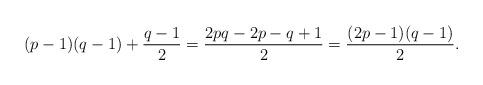
LaTeX: \begin{align*}(p-1)(q-1) +\dfrac{q-1}{2} = \dfrac{2pq-2p-q+1}{2} = \dfrac{(2p-1)(q-1)}{2}.\end{align*}